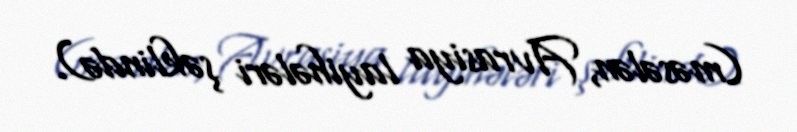
(məsələn, Avrasiya layihələri şəklində).